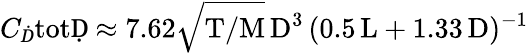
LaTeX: C_{Ḋ}\mathrm{totḌ\approx 7.62\sqrt{T/M}\, D^{3}\, (0.5\, L+1.33\, D)^{-1}}